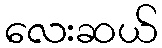
လေးဆယ်